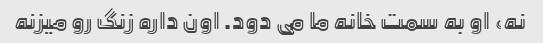
نه، او به سمت خانه ما می دود. اون داره زنگ رو میزنه